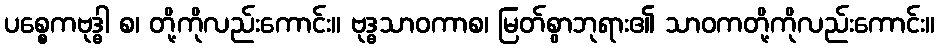
ပစ္စေကဗုဒ္ဓါ စ၊ တို့ကိုလည်းကောင်း။ ဗုဒ္ဓသာဝကာစ၊ မြတ်စွာဘုရား၏ သာဝကတို့ကိုလည်းကောင်း။